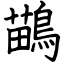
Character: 鶓